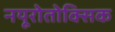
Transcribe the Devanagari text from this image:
नयूरोतोक्सिक